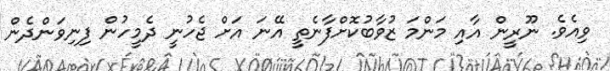
ވިއެވެ. ނޫރީން އާއި މަންމަ ޒުވާބުކޮށްފާނެތީ އޭނަ އަށް ޖެހުނީ ދެމީހުން ފިނިވަންދެން